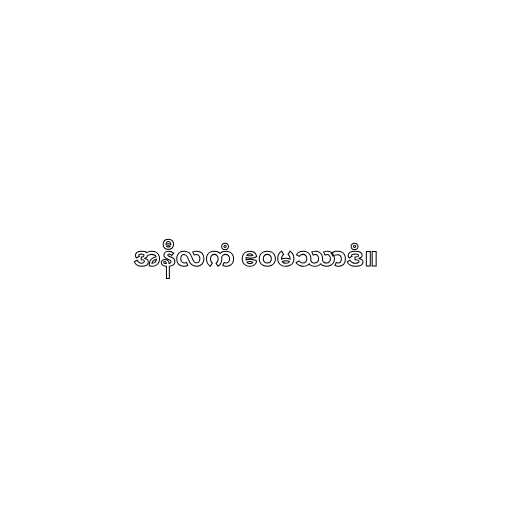
အနီလကံ ဧဝမဿာဒံ။